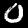
Digit: 0